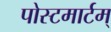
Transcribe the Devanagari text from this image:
पोस्टमार्टम्‌